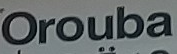
Orouba